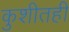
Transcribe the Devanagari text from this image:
कुशीतही